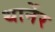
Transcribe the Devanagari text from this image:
थार्नेर